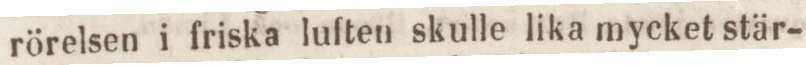
rörelsen i friska luften skulle lika mycket stär-